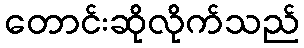
တောင်းဆိုလိုက်သည်